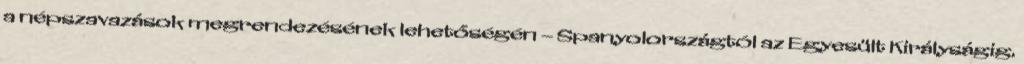
a népszavazások megrendezésének lehetőségén – Spanyolországtól az Egyesült Királyságig.